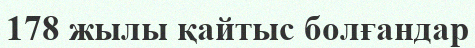
178 жылы қайтыс болғандар